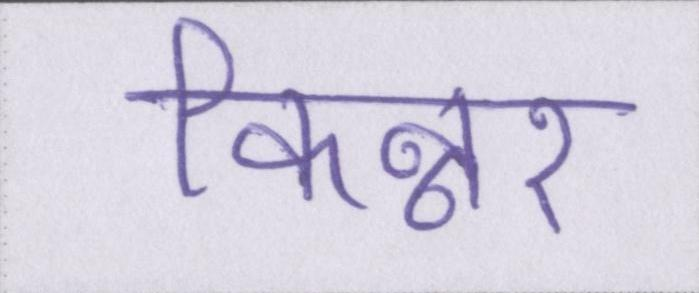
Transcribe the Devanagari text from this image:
किन्नर